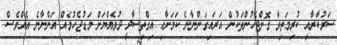
ސަރުކާރާއި ކުރިމަތިވާ ގޮންޖެހުންތަކުން އަރައިގަންނާނެ ކަަމަށާއި އިގްތިސާދީ ދުވެއްޔަށް މަޑުޖެހުމެއް އަންނާނެ އެއްވެސް